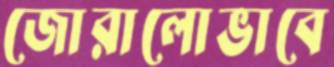
জোরালোভাবে